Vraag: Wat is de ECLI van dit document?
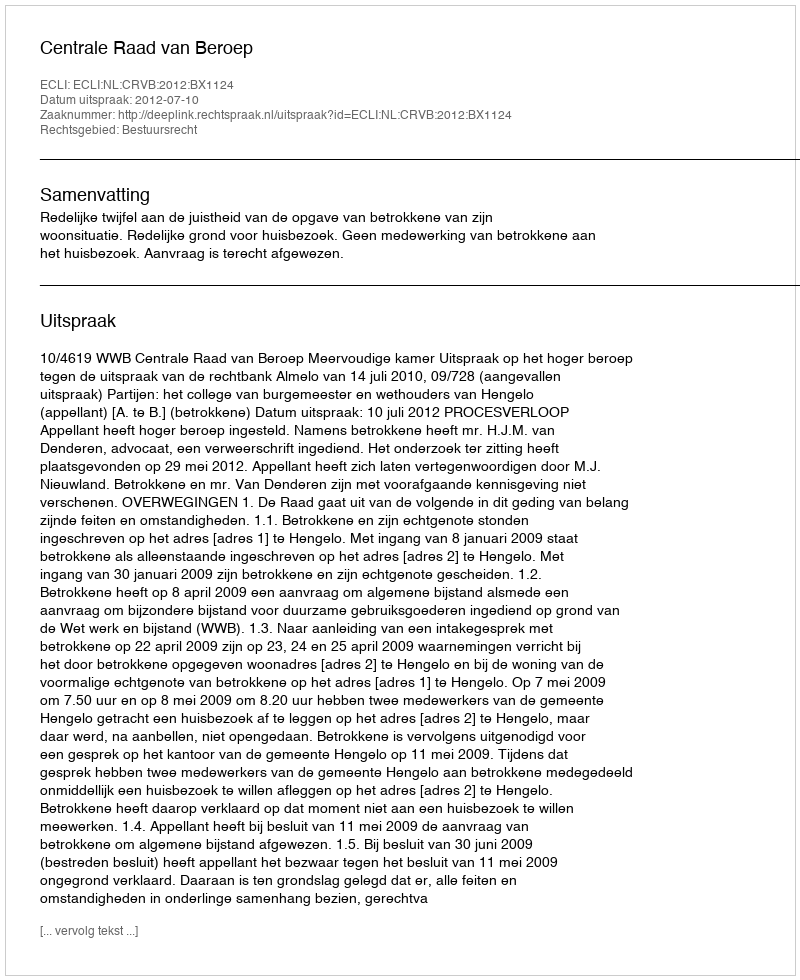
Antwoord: ECLI:NL:CRVB:2012:BX1124